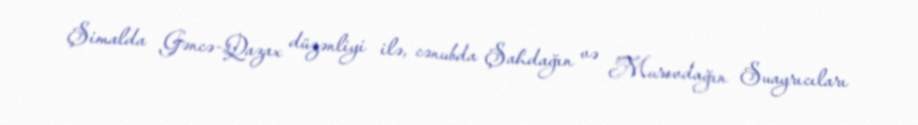
Şimalda Gəncə-Qazax düzənliyi ilə, cənubda Şahdağın və Murovdağın Suayrıcıları